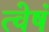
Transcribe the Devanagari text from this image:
त्वेषं